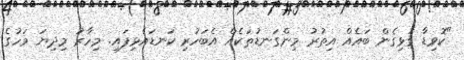
"ކޮވިޑާ ގުޅިގެން ބައެއް އިތުރު މިންގަނޑުތަކެއް އެބަހުރި ކަނޑައެޅިފައި. މިހާރު މިދިޔަ މަހުގެ